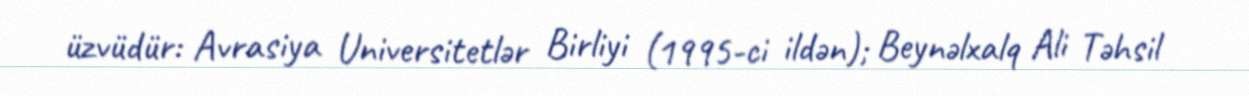
üzvüdür: Avrasiya Universitetlər Birliyi (1995-ci ildən); Beynəlxalq Ali Təhsil